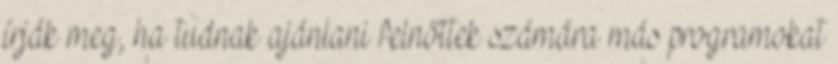
írják meg, ha tudnak ajánlani felnőttek számára más programokat